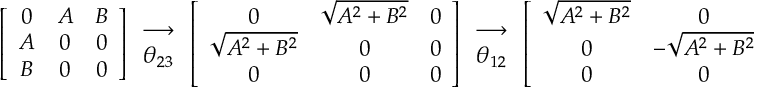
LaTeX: \left[ \begin{array} { c c c } { { 0 } } & { { A } } & { { B } } \\ { { A } } & { { 0 } } & { { 0 } } \\ { { B } } & { { 0 } } & { { 0 } } \end{array} \right] \begin{array} { c } { { \longrightarrow } } \\ { { \theta _ { 2 3 } } } \end{array} \left[ \begin{array} { c c c } { { 0 } } & { { \sqrt { A ^ { 2 } + B ^ { 2 } } } } & { { 0 } } \\ { { \sqrt { A ^ { 2 } + B ^ { 2 } } } } & { { 0 } } & { { 0 } } \\ { { 0 } } & { { 0 } } & { { 0 } } \end{array} \right] \begin{array} { c } { { \longrightarrow } } \\ { { \theta _ { 1 2 } } } \end{array} \left[ \begin{array} { c c c } { { \sqrt { A ^ { 2 } + B ^ { 2 } } } } & { { 0 } } & { { 0 } } \\ { { 0 } } & { { - \sqrt { A ^ { 2 } + B ^ { 2 } } } } & { { 0 } } \\ { { 0 } } & { { 0 } } & { { 0 } } \end{array} \right] .